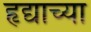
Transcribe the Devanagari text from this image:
हृद्याच्या